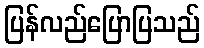
ပြန်လည်ပြောပြသည်